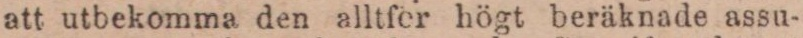
att utbekomma den alltfer högt beräknade assu-